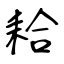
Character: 耠